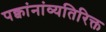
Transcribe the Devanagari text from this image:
पक्वांनांव्यतिरिक्त